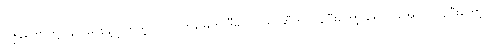
ကျွန်တော်တို့ပြန်လည်စွန့်လွှတ်တဲ့ လယ်ယာမြေကို ဒီမူလပိုင်ရှင်ဆီကို ပြန်ပြီးတော့ ရောက်အောင် ပြန်ပြီးတော့